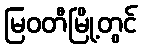
မြဝတီမြို့တွင်